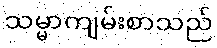
သမ္မာကျမ်းစာသည်